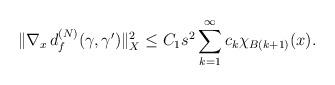
LaTeX: \begin{align*}\|\nabla_x\, d_f^{(N)}(\gamma,\gamma')\|^2_X\le C_1s^2\sum_{k=1}^\infty c_k\chi_{B(k+1)}(x).\end{align*}